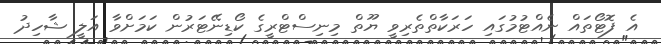
އެ ފޮޓޯތައް ނެއްޓުމުގައި ހަރަކާތްތެރިވީ ޔޫތް މިނިސްޓްރީގެ ކޯޑިނޭޓަރުން ކަމަށްވާ އަލީ ޝާހިދު